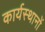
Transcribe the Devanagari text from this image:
कार्यस्थानों